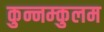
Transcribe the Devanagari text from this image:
कुन्नम्कुलम